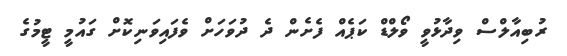
ރުބިއާލްސް ވިދާޅުވީ ވޯލްޑް ކަޕެއް ފެށެން ދެ ދުވަހަށް ވެފައިވަނިކޮށް ގައުމީ ޓީމުގެ